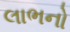
લાભનો